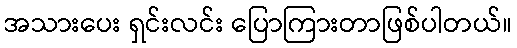
အသားပေး ရှင်းလင်း ပြောကြားတာဖြစ်ပါတယ်။